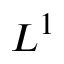
L ^ { 1 }